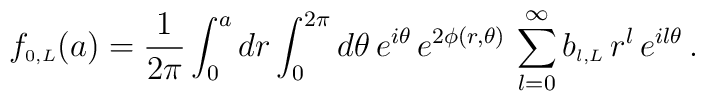
f_{\scriptscriptstyle{0,L}}(a)=\frac{1}{2 \pi}\int_0^a dr\int_0^{2 \pi} d\theta\, e^{i \theta}\,e^{2 \phi(r,\theta)}\,\sum_{l=0}^{\infty}b_{\scriptscriptstyle{l,L}}\,r^l \,e^{i l \theta}\,.